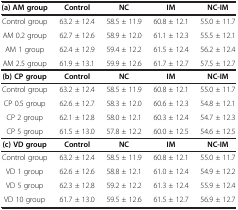
<table><thead><tr><td><b>(a) AM group</b></td><td><b>Control</b></td><td><b>NC</b></td><td><b>IM</b></td><td><b>NC-IM</b></td></tr></thead><tbody><tr><td>Control group</td><td>63.2 ± 12.4</td><td>58.5 ± 11.9</td><td>60.8 ± 12.1</td><td>55.0 ± 11.7</td></tr><tr><td>AM 0.2 group</td><td>62.7 ± 12.6</td><td>58.9 ± 12.0</td><td>61.1 ± 12.3</td><td>55.5 ± 12.1</td></tr><tr><td>AM 1 group</td><td>62.4 ± 12.9</td><td>59.4 ± 12.2</td><td>61.5 ± 12.4</td><td>56.2 ± 12.4</td></tr><tr><td>AM 2.5 group</td><td>61.9 ± 13.1</td><td>59.9 ± 12.6</td><td>61.7 ± 12.7</td><td>57.5 ± 12.7</td></tr><tr><td><b>(b) CP group</b></td><td><b>Control</b></td><td><b>NC</b></td><td><b>IM</b></td><td><b>NC-IM</b></td></tr><tr><td>Control group</td><td>63.2 ± 12.4</td><td>58.5 ± 11.9</td><td>60.8 ± 12.1</td><td>55.0 ± 11.7</td></tr><tr><td>CP 0.5 group</td><td>62.6 ± 12.7</td><td>58.3 ± 12.0</td><td>60.6 ± 12.3</td><td>54.8 ± 12.1</td></tr><tr><td>CP 2 group</td><td>62.1 ± 12.8</td><td>58.0 ± 12.1</td><td>60.3 ± 12.4</td><td>54.7 ± 12.3</td></tr><tr><td>CP 5 group</td><td>61.5 ± 13.0</td><td>57.8 ± 12.2</td><td>60.0 ± 12.5</td><td>54.6 ± 12.5</td></tr><tr><td><b>(c) VD group</b></td><td><b>Control</b></td><td><b>NC</b></td><td><b>IM</b></td><td><b>NC-IM</b></td></tr><tr><td>Control group</td><td>63.2 ± 12.4</td><td>58.5 ± 11.9</td><td>60.8 ± 12.1</td><td>55.0 ± 11.7</td></tr><tr><td>VD 1 group</td><td>62.6 ± 12.6</td><td>58.8 ± 12.1</td><td>61.0 ± 12.4</td><td>54.9 ± 12.2</td></tr><tr><td>VD 5 group</td><td>62.3 ± 12.8</td><td>59.2 ± 12.2</td><td>61.3 ± 12.4</td><td>55.9 ± 12.4</td></tr><tr><td>VD 10 group</td><td>61.7 ± 13.0</td><td>59.5 ± 12.6</td><td>61.5 ± 12.7</td><td>56.9 ± 12.7</td></tr></tbody></table>